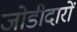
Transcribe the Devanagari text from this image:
जोडीदारों